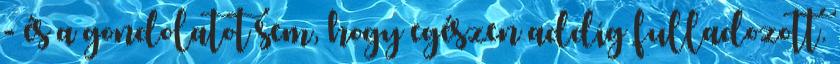
- és a gondolatot sem, hogy egészen addig fulladozott.